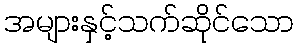
အများနှင့်သက်ဆိုင်သော